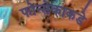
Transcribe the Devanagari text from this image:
फोन्सेकाकडे